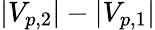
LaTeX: |V_{p,2}|-|V_{p,1}|